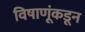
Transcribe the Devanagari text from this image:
विषाणूंकडून